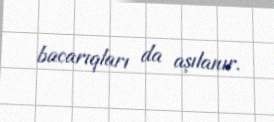
bacarıqları da aşılanır.